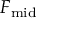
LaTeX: F _ { \mathrm { m i d } }